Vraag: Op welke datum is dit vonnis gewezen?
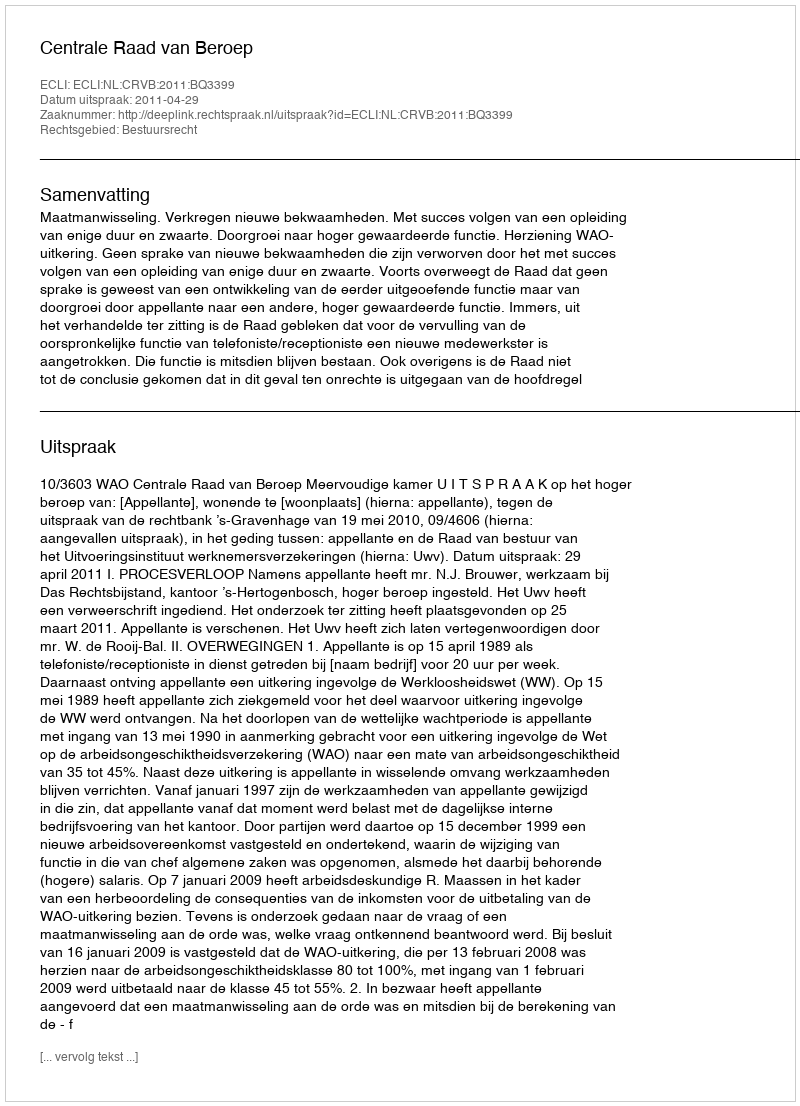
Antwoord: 2011-04-29